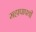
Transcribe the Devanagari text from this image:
महापापथी